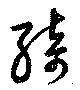
綺